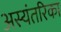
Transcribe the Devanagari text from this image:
अस्यंतरिका